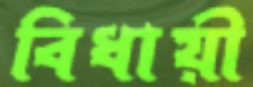
বিধায়ী